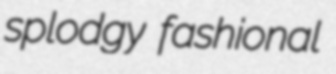
splodgy fashional